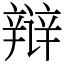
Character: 辩